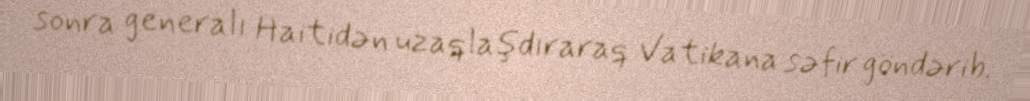
sonra generalı Haitidən uzaqlaşdıraraq Vatikana səfir göndərib.